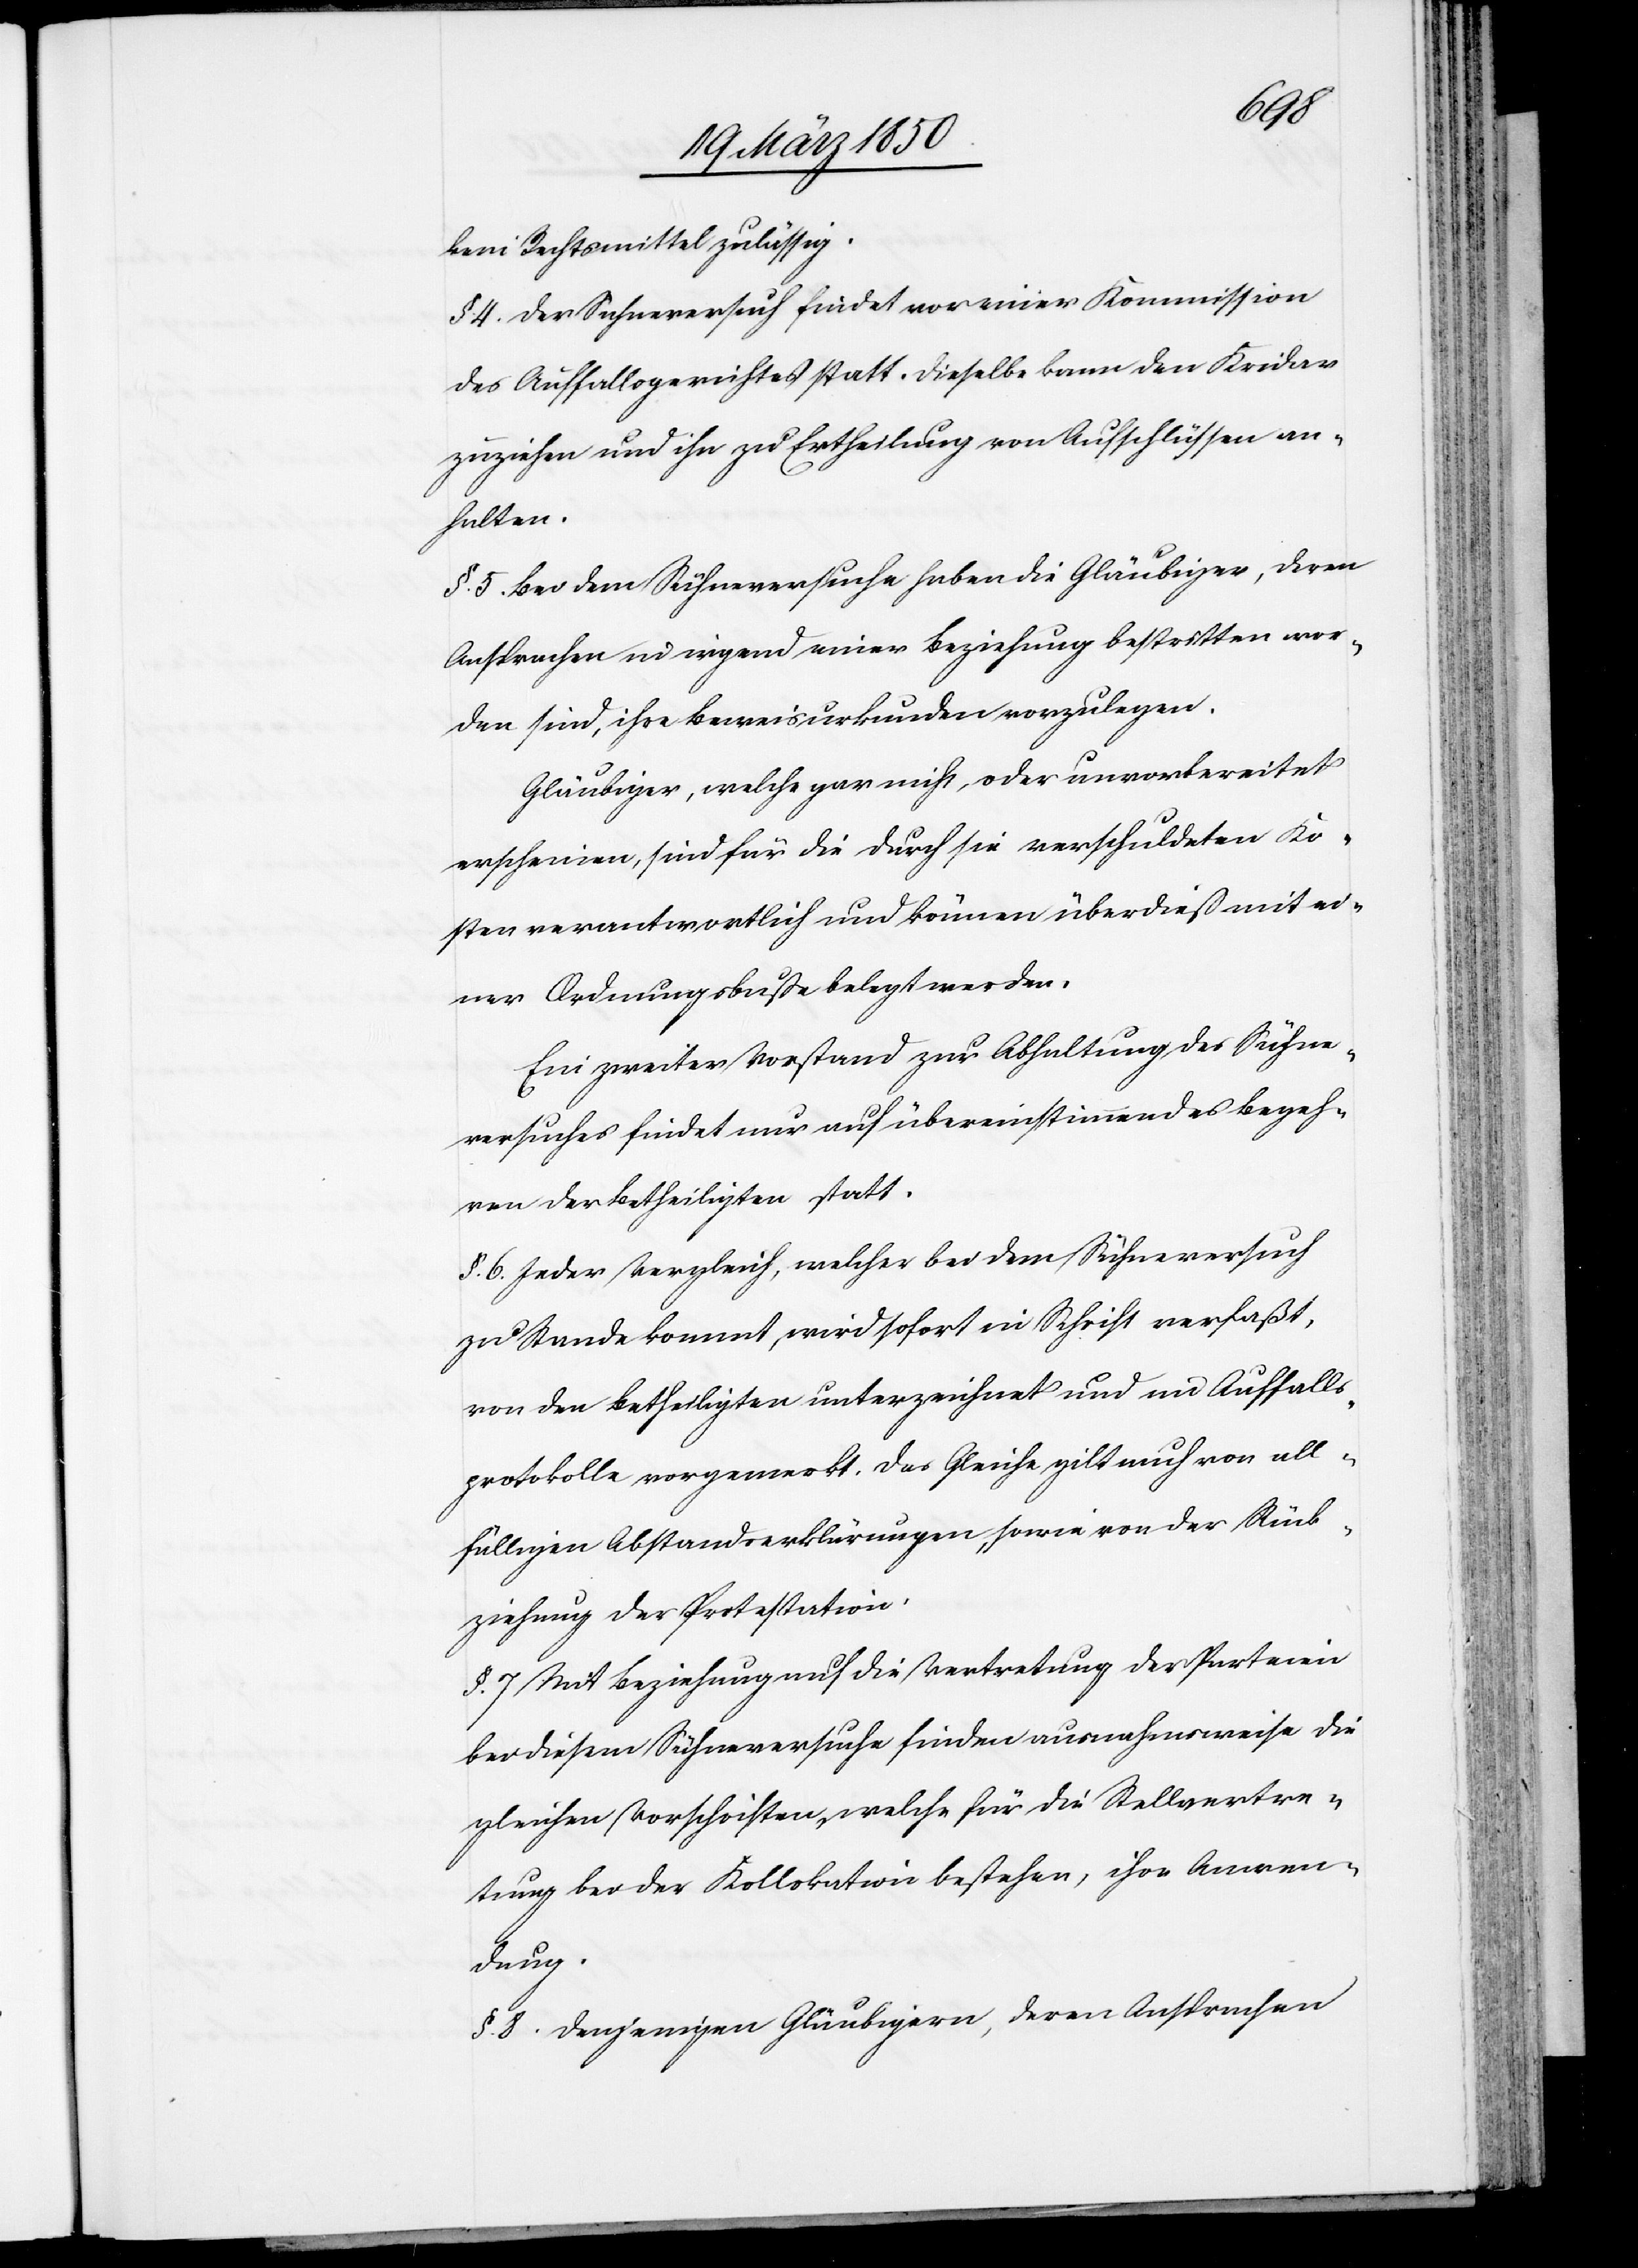
kein Rechtsmittel zulässig.
§. 4. Der Sühneversuch findet vor einer Kommission
des Auffallsgerichtes statt. Dieselbe kann den Kridar
zuziehen und ihn zu Ertheilung von Aufschlüssen an¬
halten.
§. 5. Bei dem Sühneversuche haben die Gläubiger, deren
Ansprachen in irgend einer Beziehung bestritten wor¬
den sind, ihre Beweisurkunden vorzulegen.
Gläubiger, welche gar nicht, oder unvorbereitet
erscheinen, sind für die durch sie verschuldeten Ko¬
sten verantwortlich und können überdieß mit ei¬
ner Ordnungsbuße belegt werden.
Ein zweiter Vorstand zur Abhaltung des Sühne¬
versuches findet nur auf übereinstimmendes Begeh¬
ren der Betheiligten statt.
§. 6. Jeder Vergleich, welcher bei dem Sühneversuch
zu Stande kommt, wird sofort in Schrift verfaßt,
von den Betheiligten unterzeichnet und im Auffalls¬
protokolle vorgemerkt. Das Gleiche gilt auch von all¬
fälligen Abstandserklärungen, sowie von der Rück¬
ziehung der Protestation.
§. 7 Mit Beziehung auf die Vertretung der Parteien
bei diesem Sühneversuche finden ausnahmsweise die
gleichen Vorschriften, welche für die Stellvertre¬
tung bei der Kollokation bestehen, ihre Anwen¬
dung.
§. 8. Denjenigen Gläubigern, deren Ansprachen